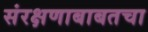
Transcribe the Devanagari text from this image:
संरक्षणाबाबतचा